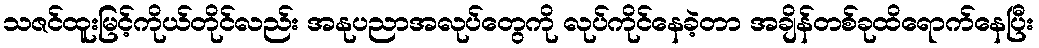
သဇင်ထူးမြင့်ကိုယ်တိုင်လည်း အနုပညာအလုပ်တွေကို လုပ်ကိုင်နေခဲ့တာ အချိန်တစ်ခုထိရောက်နေပြီး